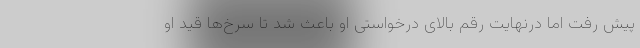
پیش رفت اما درنهایت رقم بالای درخواستی او باعث شد تا سرخ‌ها قید او